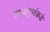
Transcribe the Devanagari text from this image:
स्वयंपूर्णकडे